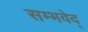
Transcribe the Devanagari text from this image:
सम्भवेद्